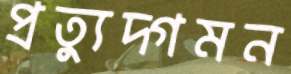
প্রত্যুদ্গমন